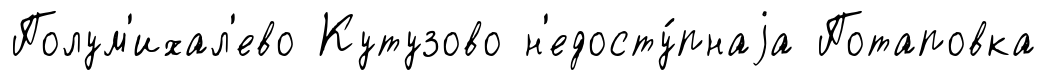
Полум'ихал'ево Кутузово н'едосту́пнаjа Потаповка